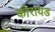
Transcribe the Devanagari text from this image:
कोरायड